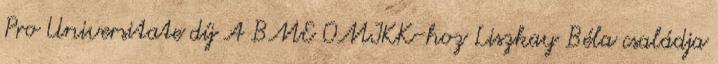
Pro Universitate díj A BME OMIKK-hoz Liszkay Béla családja